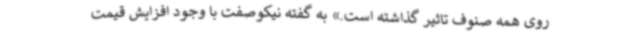
روی همه صنوف تاثیر گذاشته است.» به گفته نیکوصفت با وجود افزایش قیمت